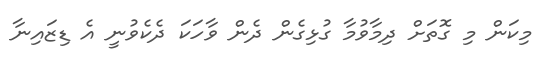
މިކަން މި ގޮތަށް ދިމާވުމާ ގުޅިގެން ދެން ވާހަކަ ދެކެވުނީ އެ ޑިޒައިނާ